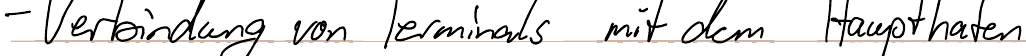
- Verbindung von Terminals mi dem Haupthafen